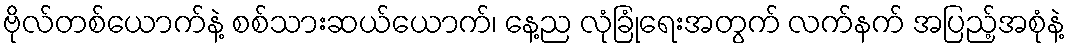
ဗိုလ်တစ်ယောက်နဲ့ စစ်သားဆယ်ယောက်၊ နေ့ည လုံခြုံရေးအတွက် လက်နက် အပြည့်အစုံနဲ့